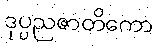
ဒုပ္ပညဇာတိကော